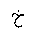
Letter: _kha